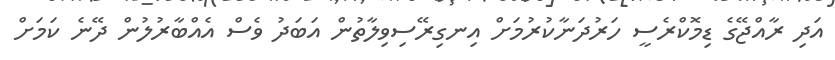
އަދި ރާއްޖޭގެ ޑިމޮކްރެސީ ހަރުދަނާކުރުމަށް އިނގިރޭސިވިލާތުން އަބަދު ވެސް އެއްބާރުލުން ދޭނެ ކަމަށް